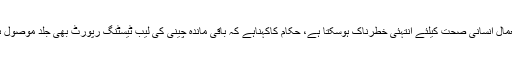
جس کا استعمال انسانی صحت کیلئے انتہئی خطرناک ہوسکتا ہے، حکام کاکہناہے کہ باقی ماندہ چینی کی لیب ٹیسٹنگ رپورٹ بھی جلد موصول ہوجائے گی۔